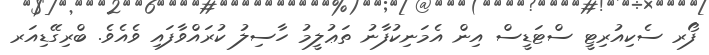
ފޯރ ސެކިއުރިޓީ ސްޓަޑީސް އިން އެމަނިކުފާނު ތަޢުލީމު ހާސިލު ކުރައްވާފައި ވެއެވެ. ބްރިގޭޑިއަރ